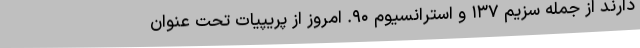
دارند از جمله سزیم ۱۳۷ و استرانسیوم ۹۰. امروز از پریپیات تحت عنوان